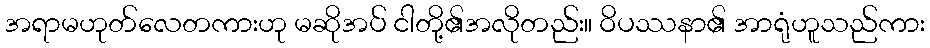
အရာမဟုတ်လေတကားဟု မဆိုအပ် ငါတို့၏အလိုတည်း။ ဝိပဿနာ၏ အာရုံဟူသည်ကား